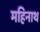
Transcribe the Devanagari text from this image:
महिनाथ